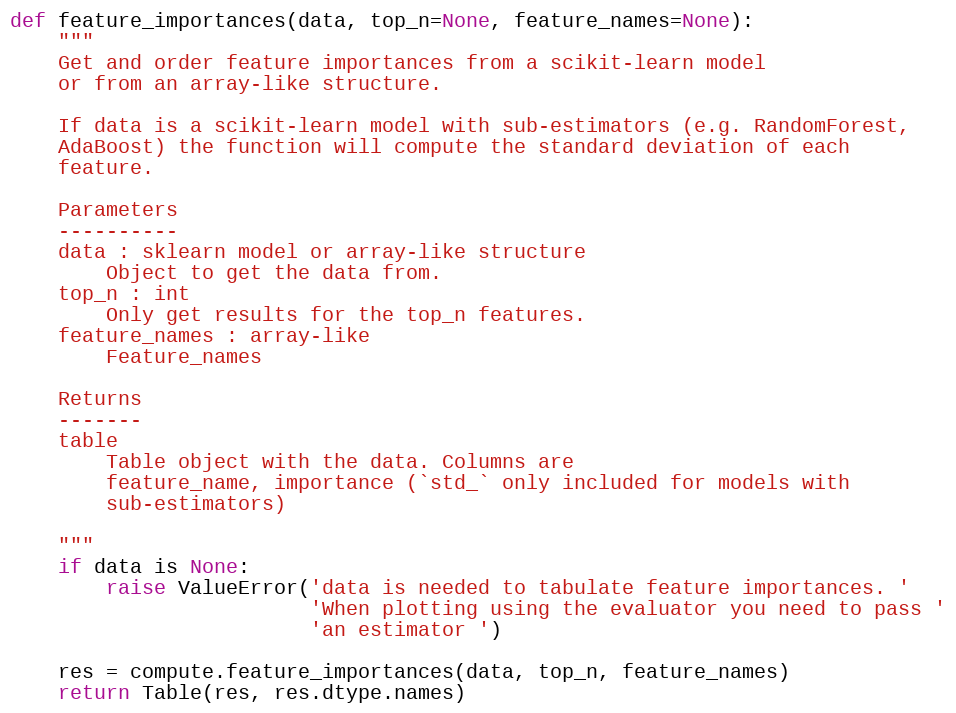
Language: Python
def feature_importances(data, top_n=None, feature_names=None):
    """
    Get and order feature importances from a scikit-learn model
    or from an array-like structure.

    If data is a scikit-learn model with sub-estimators (e.g. RandomForest,
    AdaBoost) the function will compute the standard deviation of each
    feature.

    Parameters
    ----------
    data : sklearn model or array-like structure
        Object to get the data from.
    top_n : int
        Only get results for the top_n features.
    feature_names : array-like
        Feature_names

    Returns
    -------
    table
        Table object with the data. Columns are
        feature_name, importance (`std_` only included for models with
        sub-estimators)

    """
    if data is None:
        raise ValueError('data is needed to tabulate feature importances. '
                         'When plotting using the evaluator you need to pass '
                         'an estimator ')

    res = compute.feature_importances(data, top_n, feature_names)
    return Table(res, res.dtype.names)